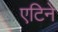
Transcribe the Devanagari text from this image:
एटिने